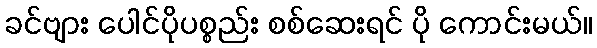
ခင်ဗျား ပေါင်ပိုပစ္စည်း စစ်ဆေးရင် ပို ကောင်းမယ်။